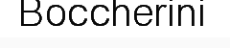
Boccherini